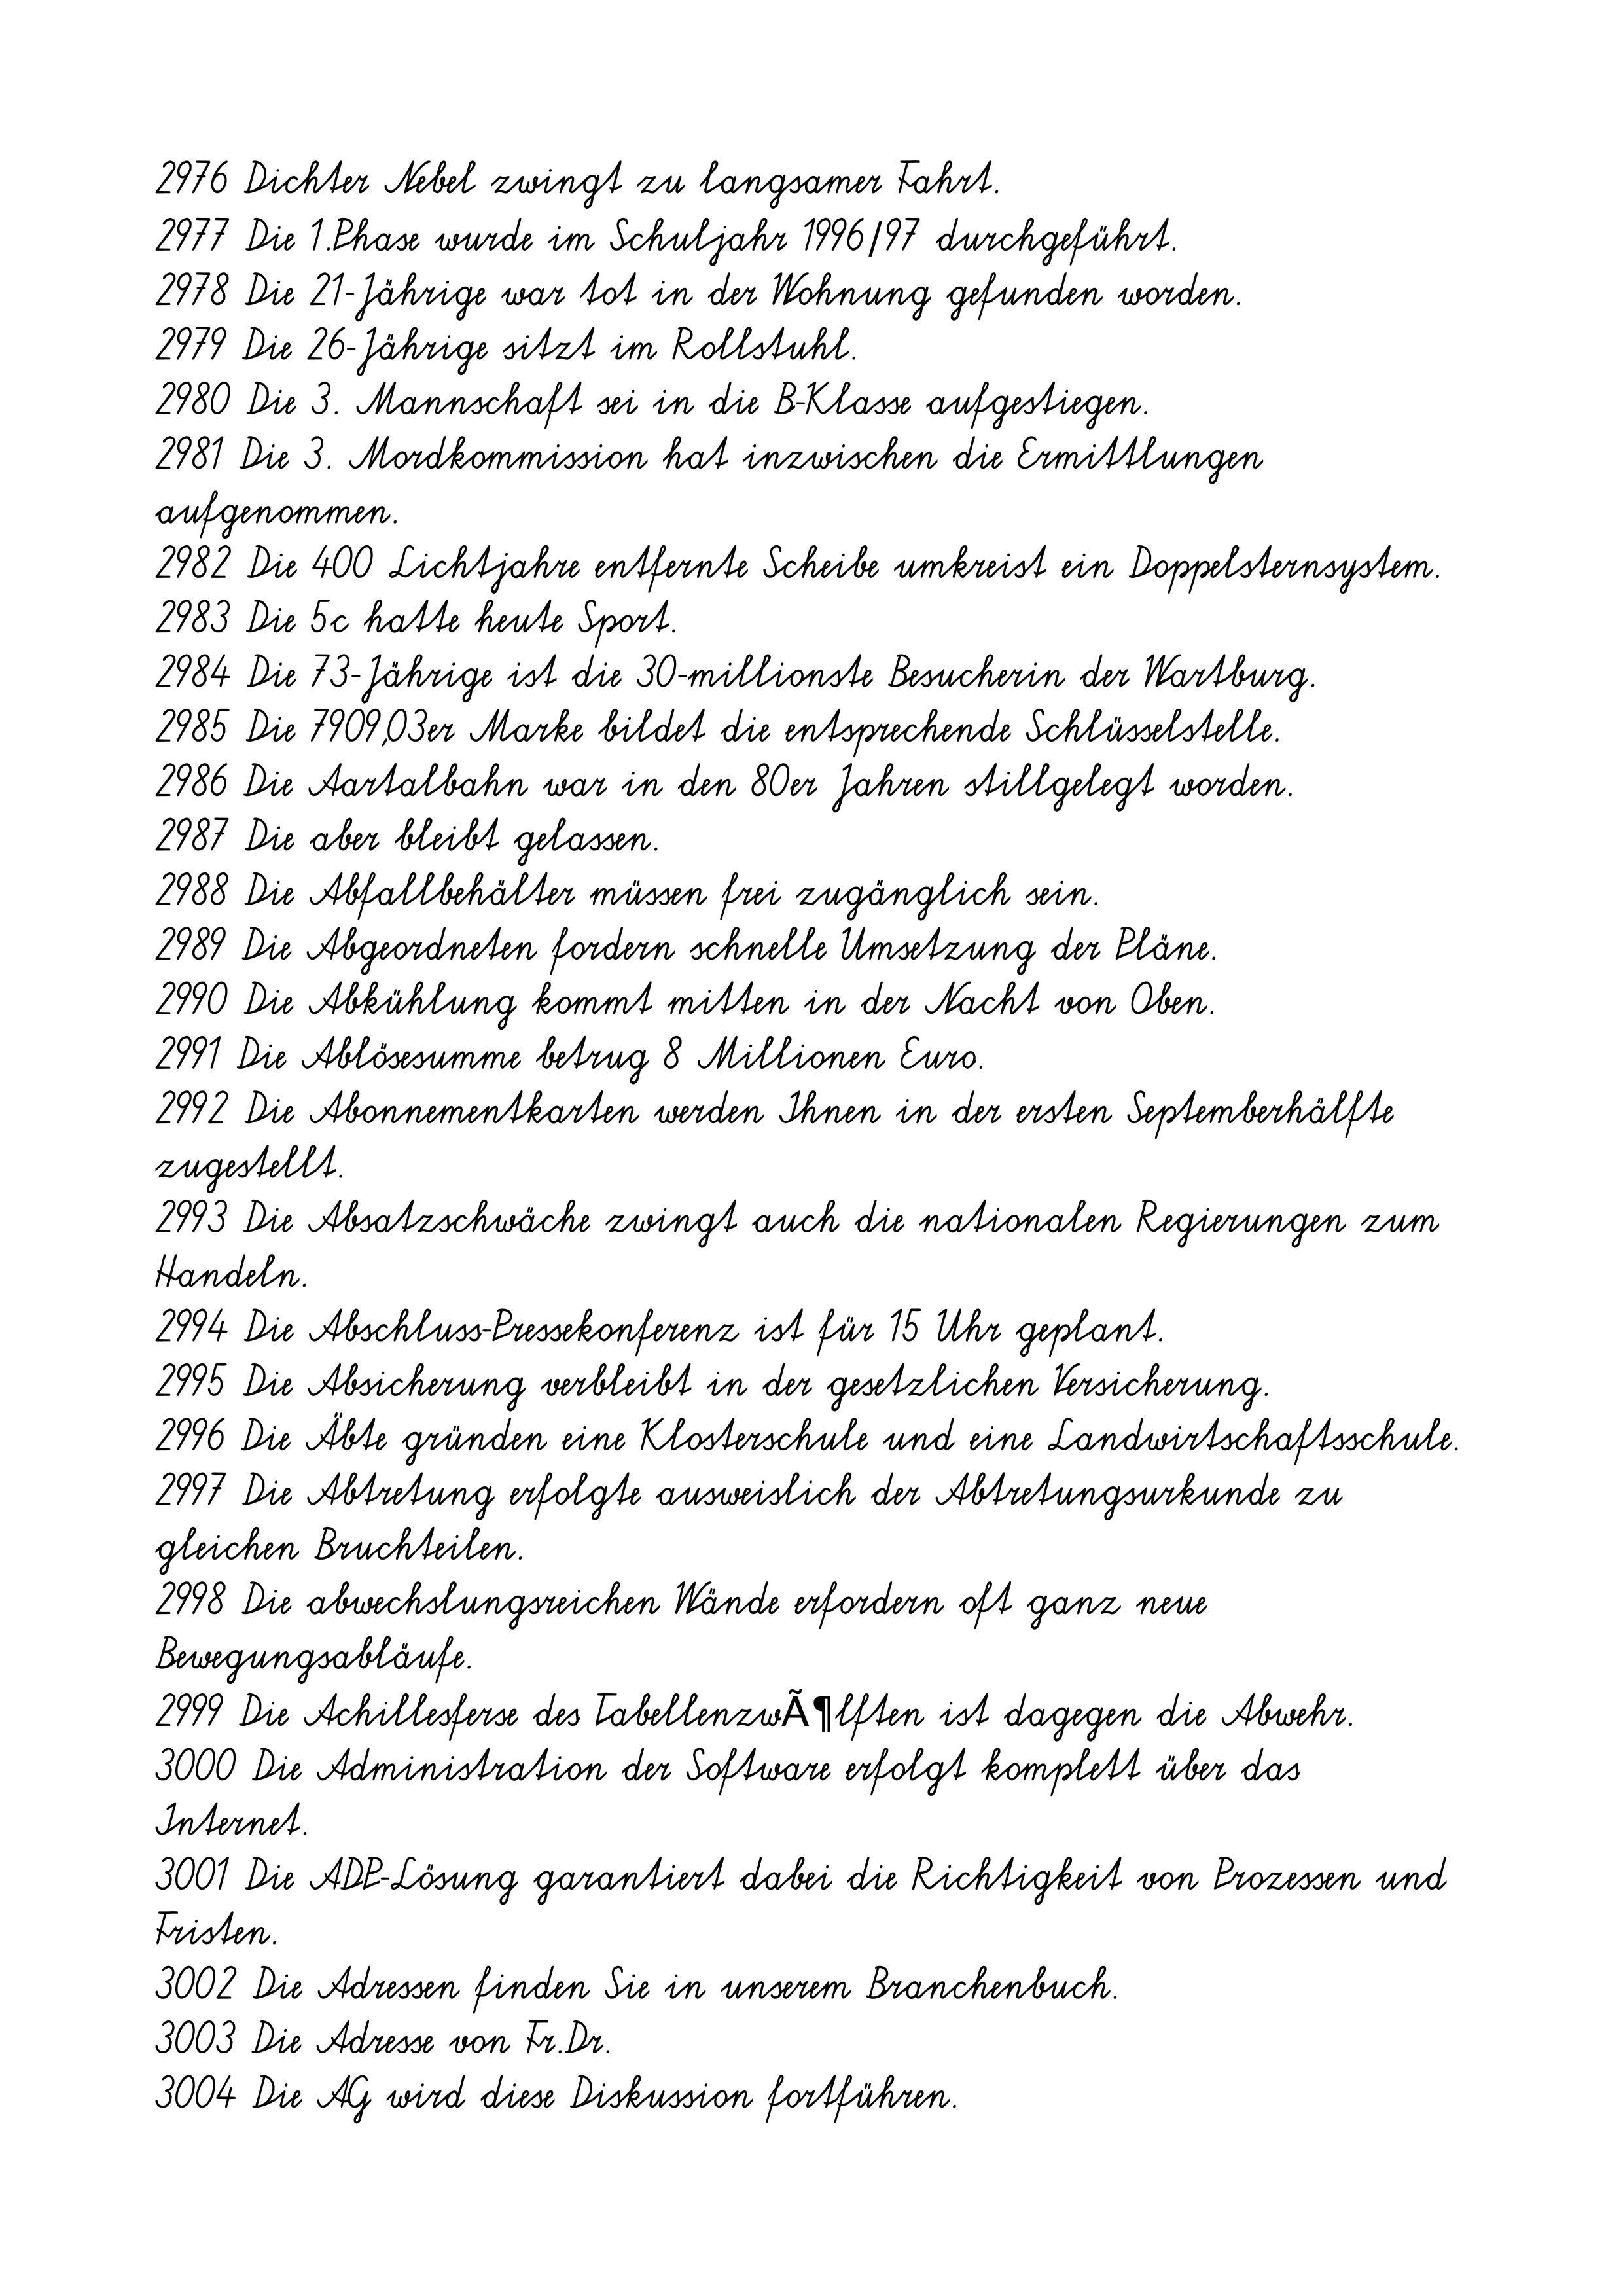
2976 Dichter Nebel zwingt zu langsamer Fahrt.
2977 Die 1.Phase wurde im Schuljahr 1996/97 durchgeführt.
2978 Die 21-Jährige war tot in der Wohnung gefunden worden.
2979 Die 26-Jährige sitzt im Rollstuhl.
2980 Die 3. Mannschaft sei in die B-Klasse aufgestiegen.
2981 Die 3. Mordkommission hat inzwischen die Ermittlungen
aufgenommen.
2982 Die 400 Lichtjahre entfernte Scheibe umkreist ein Doppelsternsystem.
2983 Die 5c hatte heute Sport.
2984 Die 73-Jährige ist die 30-millionste Besucherin der Wartburg.
2985 Die 7909,03er Marke bildet die entsprechende Schlüsselstelle.
2986 Die Aartalbahn war in den 80er Jahren stillgelegt worden.
2987 Die aber bleibt gelassen.
2988 Die Abfallbehälter müssen frei zugänglich sein.
2989 Die Abgeordneten fordern schnelle Umsetzung der Pläne.
2990 Die Abkühlung kommt mitten in der Nacht von Oben.
2991 Die Ablösesumme betrug 8 Millionen Euro.
2992 Die Abonnementkarten werden Ihnen in der ersten Septemberhälfte
zugestellt.
2993 Die Absatzschwäche zwingt auch die nationalen Regierungen zum
Handeln.
2994 Die Abschluss-Pressekonferenz ist für 15 Uhr geplant.
2995 Die Absicherung verbleibt in der gesetzlichen Versicherung.
2996 Die Äbte gründen eine Klosterschule und eine Landwirtschaftsschule.
2997 Die Abtretung erfolgte ausweislich der Abtretungsurkunde zu
gleichen Bruchteilen.
2998 Die abwechslungsreichen Wände erfordern oft ganz neue
Bewegungsabläufe.
2999 Die Achillesferse des TabellenzwÃ¶lften ist dagegen die Abwehr.
3000 Die Administration der Software erfolgt komplett über das
Internet.
3001 Die ADP-Lösung garantiert dabei die Richtigkeit von Prozessen und
Fristen.
3002 Die Adressen finden Sie in unserem Branchenbuch.
3003 Die Adresse von Fr.Dr.
3004 Die AG wird diese Diskussion fortführen.